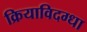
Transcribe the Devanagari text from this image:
क्रियाविदग्धा